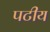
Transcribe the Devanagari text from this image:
पटीय